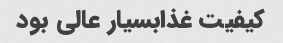
کیفیت غذابسیار عالی بود